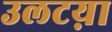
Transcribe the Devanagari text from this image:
उलटय़ा